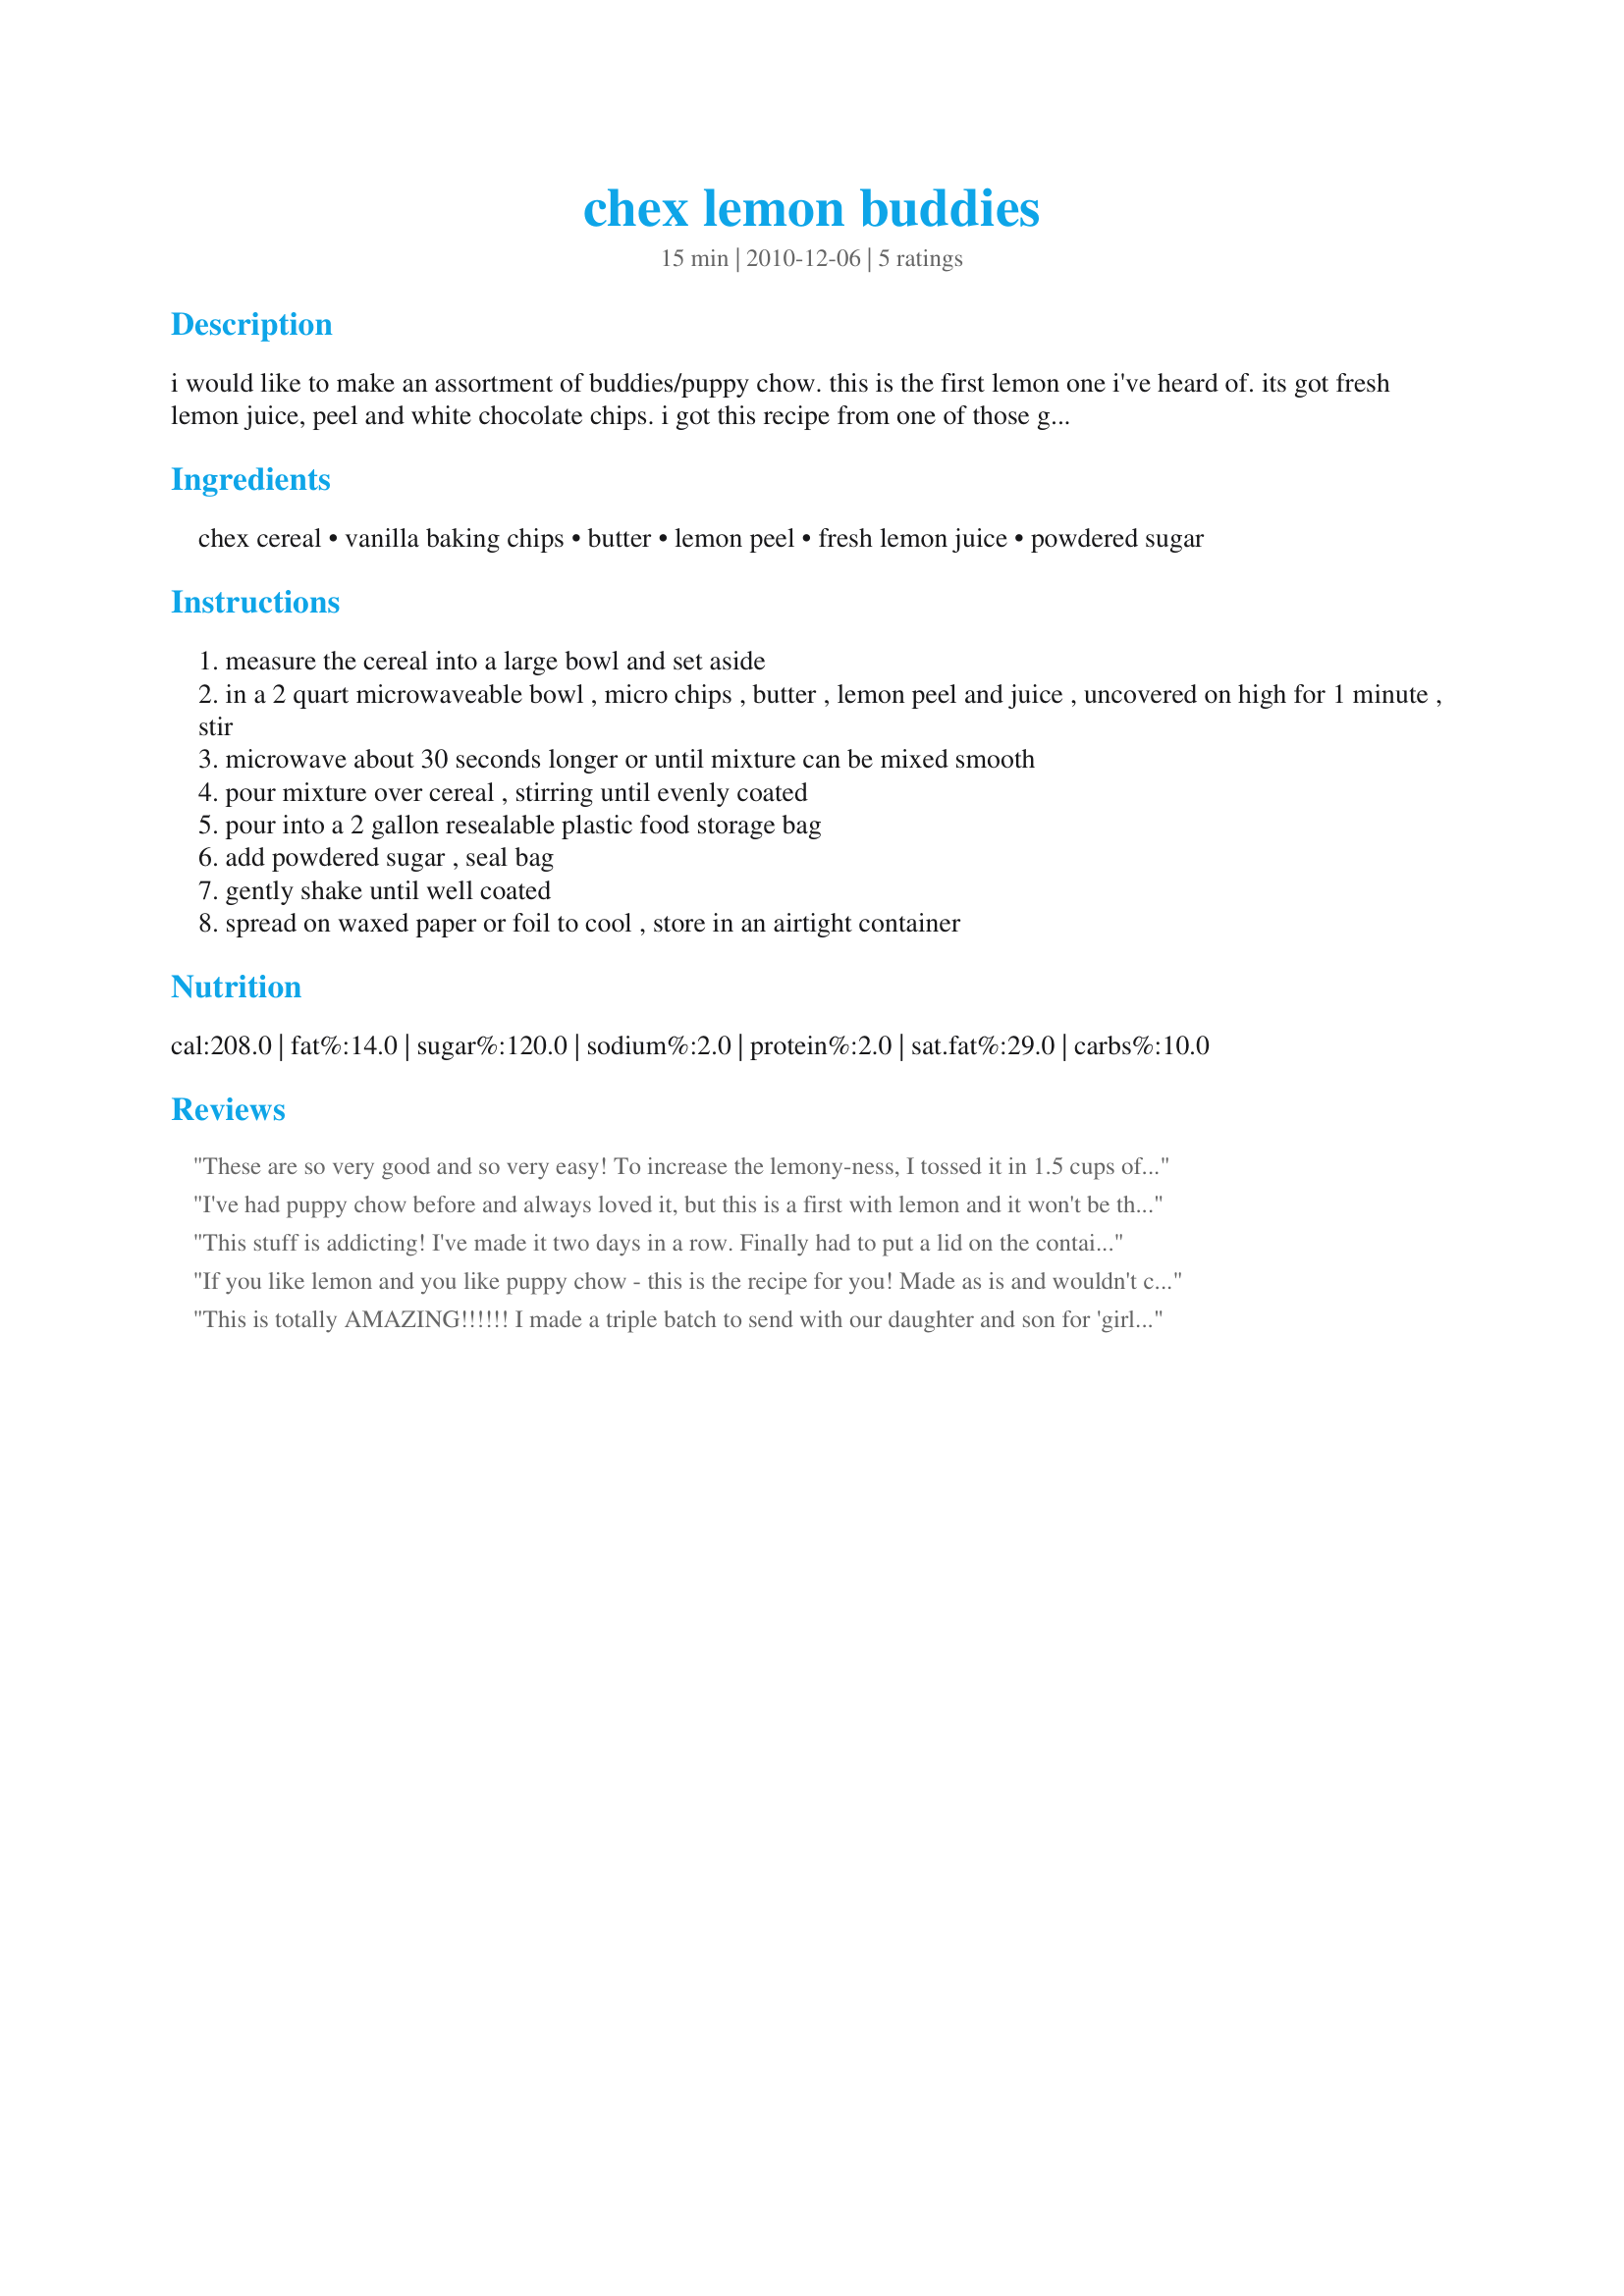
chex lemon buddies
Preparation time: 15 minutes

i would like to make an assortment of buddies/puppy chow. this is the first lemon one i've heard of. its got fresh lemon juice, peel and white chocolate chips. i got this recipe from one of those grocery store recipe cards my dh is always bringing home. i would suggest holding back a cup or so of chex until you have seen how much coverage there is on the cereal. i ususally like a bit more stuff on my cereal than the recipe calls for.

Ingredients:
chex cereal, vanilla baking chips, butter, lemon peel, fresh lemon juice, powdered sugar

Steps:
measure the cereal into a large bowl and set aside
in a 2 quart microwaveable bowl , micro chips , butter , lemon peel and juice , uncovered on high for 1 minute , stir
microwave about 30 seconds longer or until mixture can be mixed smooth
pour mixture over cereal , stirring until evenly coated
pour into a 2 gallon resealable plastic food storage bag
add powdered sugar , seal bag
gently shake until well coated
spread on waxed paper or foil to cool , store in an airtight container

Reviews:
These are so very good and so very easy! To increase the lemony-ness, I tossed it in 1.5 cups of dry lemon cake mix and appx 1/4 cup powdered sugar instead of straight powdered sugar. Thanks for posting!
I've had puppy chow before and always loved it, but this is a first with lemon and it won't be the last, so addicting, I've already had the recipe requested twice and passed it on. Love the lemon with the white chocolate,
This stuff is addicting! I've made it two days in a row. Finally had to put a lid on the container to keep me from grabbing another handful every time I walked past it. Very nice variation on the puppy chow/Muddy Buddies concept.
If you like lemon and you like puppy chow - this is the recipe for you! Made as is and wouldn't change a thing. I found that 1 large lemon yield the perfect amount of zest and juice called for in this recipe. Thanks!
This is totally AMAZING!!!!!! I made a triple batch to send with our daughter and son for 'girls night' and 'guys night' - now i just want to keep it all for myself! It is absolutely perfect!!!
